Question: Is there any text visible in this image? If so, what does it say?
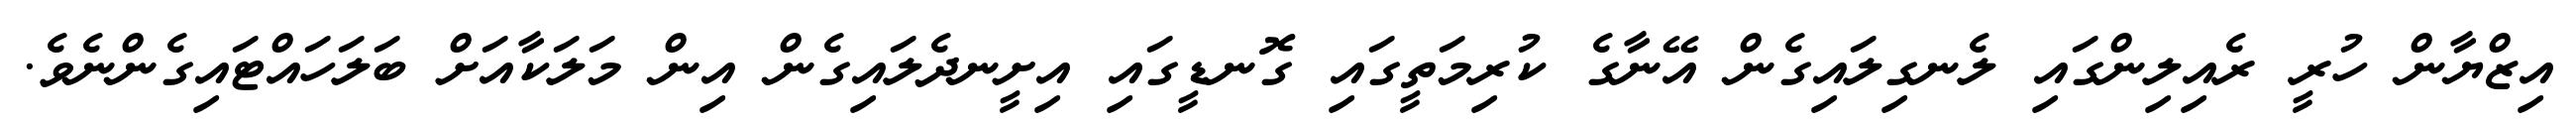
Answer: އިޒްޔާން ހުރީ ރެއިލިންގައި ލެނގިލައިގެން އޭނާގެ ކުރިމަތީގައި ގޮނޑީގައި އިށީނދެލައިގެން އިން މަލަކާއަށް ބަލަހައްޓައިގެންނެވެ.